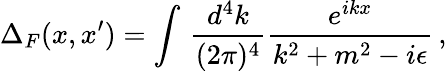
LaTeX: \Delta_{F}(x,x^{\prime})=\int\, {\frac{d^{4}k}{(2\pi)^{4}}}{\frac{e^{ikx}}{k^{2}+m^{2}-i\epsilon}}\, ,